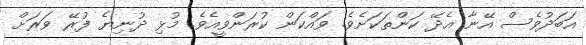
އަބަދުވެސް އޭނާ އެދޭ ކަންތަކަށެވެ. ވައްކަން ކުރަންވީއެވެ. މުޅި ދުނިޔެ ފުރޭ ވަރަށް